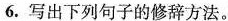
6.写出下列句子的修辞方法。